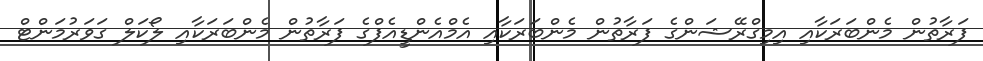
ފަރާތުން މެންބަރަކާއި އިމިގްރޭޝަންގެ ފަރާތުން މެންބަރަކާއި އެމްއެންޑީއެފްގެ ފަރާތުން މެންބަރަކާއި ލޯކަލް ގަވަރުމަންޓް